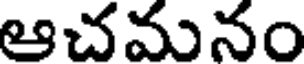
ఆచమనం